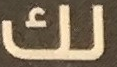
لك